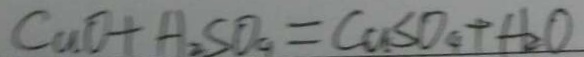
C u O + H _ { 2 } S O _ { 4 } = C a S O _ { 4 } + H _ { 2 } O